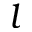
l